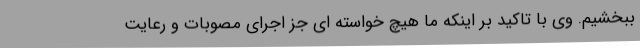
ببخشیم. وی با تاکید بر اینکه ما هیچ خواسته ای جز اجرای مصوبات و رعایت